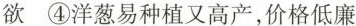
欲④洋葱易种植又高产，价格低廉